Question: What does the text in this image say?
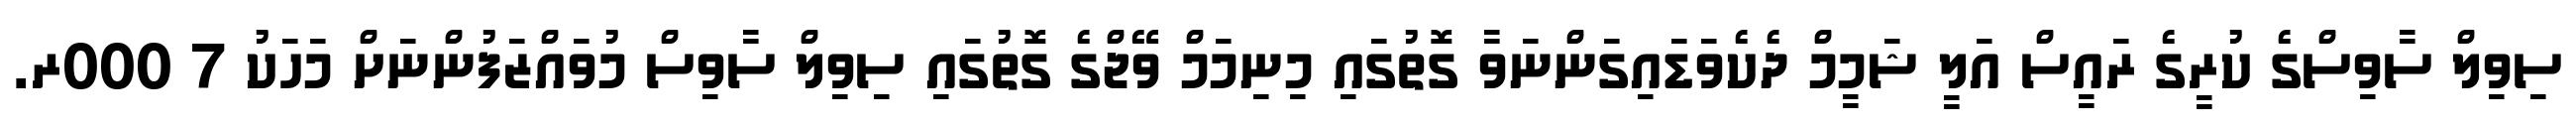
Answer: ސިވިލް ސާވިސްގެ ކުރީގެ ރައީސް އަލީ ޝަމީމް ދެކެވަޑައިގަންނަވާ ގޮތުގައި މިނިމަމް ވޭޖްގެ ގޮތުގައި ސިވިލް ސާވިސް މުވައްޒަފުންނަށް މަހަކު 7 000ރ.